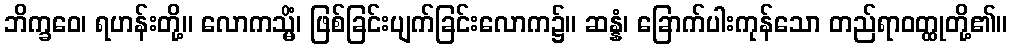
ဘိက္ခဝေ၊ ရဟန်းတို့။ လောကသ္မိံ၊ ဖြစ်ခြင်းပျက်ခြင်းလောက၌။ ဆန္နံ၊ ခြောက်ပါးကုန်သော တည်ရာဝတ္ထုတို့၏။